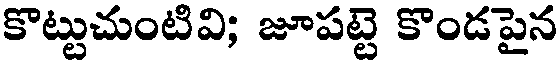
కొట్టుచుంటివి; జూపట్టె కొండపైన